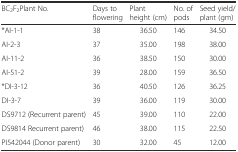
| BC2F2Plant No. | Days to flowering | Plant height (cm) | No. of pods | Seed yield/plant (gm) |
 | --- | --- | --- | --- | --- |
 | *AI-1-1 | 38 | 36.50 | 146 | 34.50 |
 | AI-2-3 | 37 | 35.00 | 198 | 38.00 |
 | AI-11-2 | 36 | 38.50 | 150 | 30.00 |
 | AI-51-2 | 39 | 28.00 | 159 | 36.50 |
 | *DI-3-12 | 36 | 40.50 | 126 | 36.25 |
 | DI-3-7 | 39 | 36.00 | 119 | 30.00 |
 | DS9712 (Recurrent parent) | 45 | 39.00 | 110 | 22.00 |
 | DS9814 Recurrent parent) | 46 | 38.00 | 115 | 22.50 |
 | PI542044 (Donor parent) | 30 | 32.00 | 45 | 12.00 |